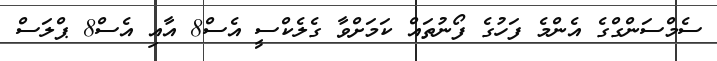
ސެމްސަންގްގެ އެންމެ ފަހުގެ ފޯނުތައް ކަމަށްވާ ގެލެކްސީ އެސް8 އާއި އެސް8 ޕްލަސް